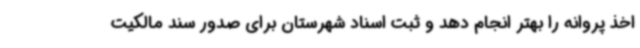
اخذ پروانه را بهتر انجام دهد و ثبت اسناد شهرستان برای صدور سند مالکیت